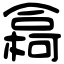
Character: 樖